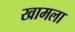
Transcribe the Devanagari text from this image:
खामला